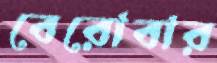
বেরোবার